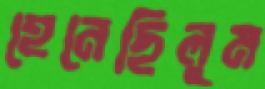
হেনেছিলুম